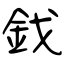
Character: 鈛